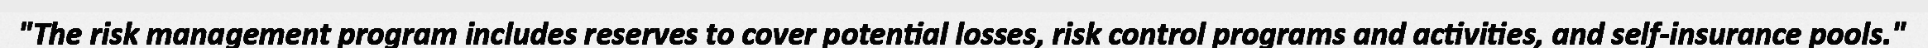
"The risk management program includes reserves to cover potential losses, risk control programs and activities, and self-insurance pools."